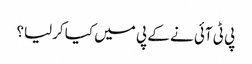
پی ٹی آئی نے کے پی میں کیا کرلیا؟